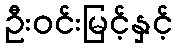
ဦးဝင်းမြင့်နှင့်